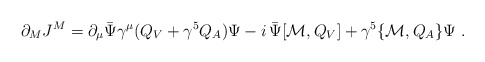
\begin{align*}\partial_MJ^M=\partial_\mu \bar\Psi\gamma^\mu (Q_V+\gamma^5 Q_A)\Psi -i\,\bar\Psi [{\cal M},Q_V]+\gamma^5\{ {\cal M},Q_A \}\Psi \;.\end{align*}